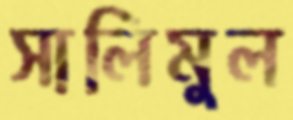
সালিমুল